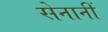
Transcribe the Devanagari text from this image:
सेनानीं